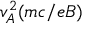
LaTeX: v _ { A } ^ { 2 } ( m c / e B )